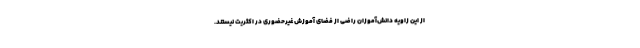
از این زاویه دانش‌آموزان راضی از فضای آموزش غیرحضوری در اکثریت نیستند.